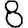
Digit: 8